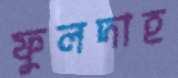
ফুলদাহ